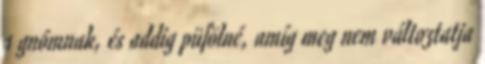
a gnómnak, és addig püfölné, amíg meg nem változtatja